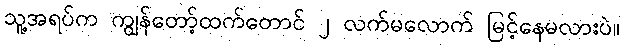
သူ့အရပ်က ကျွန်တော့်ထက်တောင် ၂ လက်မလောက် မြင့်နေမလားပဲ။